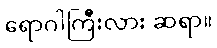
ရောဂါကြီးလား ဆရာ။